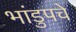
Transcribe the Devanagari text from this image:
भांडुपचे